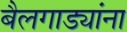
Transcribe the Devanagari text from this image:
बैलगाड्यांना